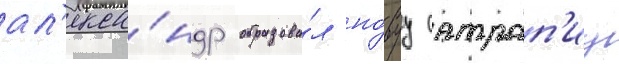
ал'екса́ндр образова́л но́вуу сатрап'иу